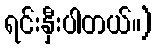
ရင်းနှီးပါတယ်။)